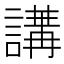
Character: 𧪿